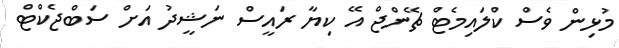
މުޅިން ވެސް ކްލައިމެޓް ޗޭންޖް އޭ ކިޔާ ރައީސް ނަޝީދު އަށް ސަބްޖެކްޓް